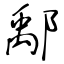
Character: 鄅